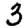
Digit: 3